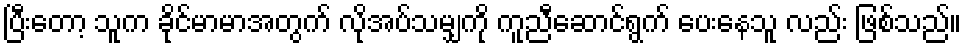
ပြီးတော့ သူက ခိုင်မာမာအတွက် လိုအပ်သမျှကို ကူညီဆောင်ရွက် ပေးနေသူ လည်း ဖြစ်သည်။